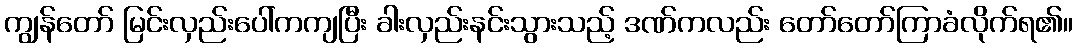
ကျွန်တော် မြင်းလှည်းပေါ်ကကျပြီး ခါးလှည်းနင်းသွားသည့် ဒဏ်ကလည်း တော်တော်ကြာခံလိုက်ရ၏။